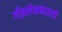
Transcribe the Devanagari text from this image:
गीतलेखनासाठी